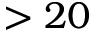
> 2 0